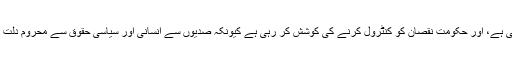
دلت سڑکوں پر اتر کر اپنی غصے کا اظہار کر رہے ہیں، کئی نوجوانوں نے خود کشی کی کوشش بھی کی ہے، اور حکومت نقصان کو کنٹرول کرنے کی کوشش کر رہی ہے کیونکہ صدیوں سے انسانی اور سیاسی حقوق سے محروم دلت اب ایک ووٹ بینک بھی ہیں، اور یو پی کے انتخابات میں وہ پورے ملک کو ایک نیا پیغام دے سکتے ہیں۔